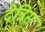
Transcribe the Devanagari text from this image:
देन्निस